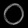
Digit: ၀